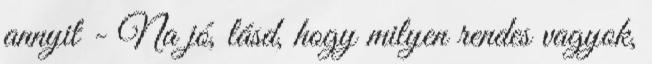
annyit - Na jó, lásd, hogy milyen rendes vagyok,